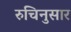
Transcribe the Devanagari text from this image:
रुचिनुसार